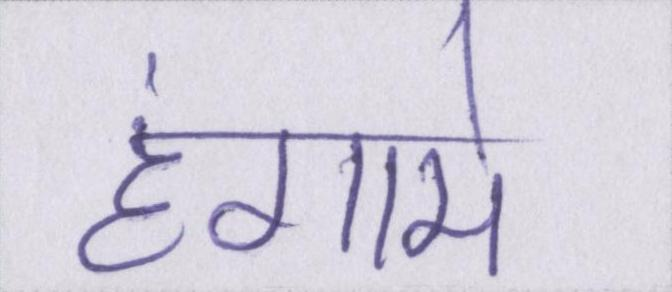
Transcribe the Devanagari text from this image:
हंगामे